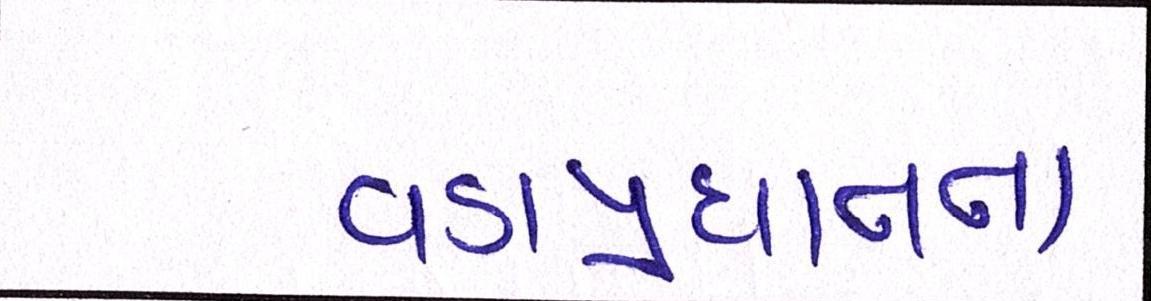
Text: વડાપ્રધાનના